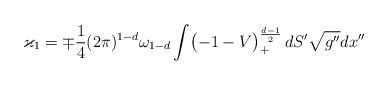
LaTeX: \begin{align*}\varkappa_1 =\mp {\frac{1}{4}}(2\pi )^{1-d}\omega_{1-d}\int \bigl(-1-V\bigr)_+^{\frac{d-1}{2}}\, dS'\sqrt{g''} dx''\end{align*}